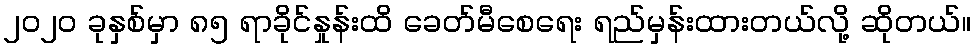
၂၀၂၀ ခုနှစ်မှာ ၈၅ ရာခိုင်နှုန်းထိ ခေတ်မီစေရေး ရည်မှန်းထားတယ်လို့ ဆိုတယ်။